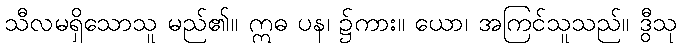
သီလမရှိသောသူ မည်၏။ ဣဓ ပန၊ ၌ကား။ ယော၊ အကြင်သူသည်။ ဒွီသု